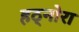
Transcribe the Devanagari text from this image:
हठ्नोरा